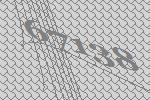
67138